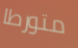
متورطا